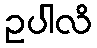
ဥပါလိ